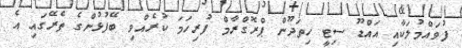
ފުވައްމުލަކާއި އައްޑޫ ސިޓީ ހިތަދޫން ޕްރޮގްރާމް ފުރިހަމަ ކުރެއްވި ބޭފުޅުންގެ ތެރޭގައި އެ